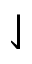
\downharpoonleft